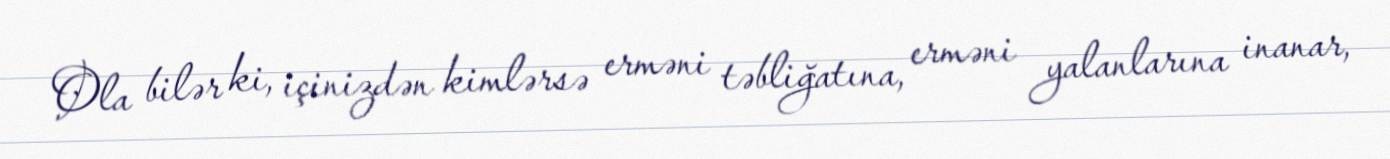
Ola bilər ki, içinizdən kimlərsə erməni təbliğatına, erməni yalanlarına inanar,